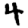
Digit: 4